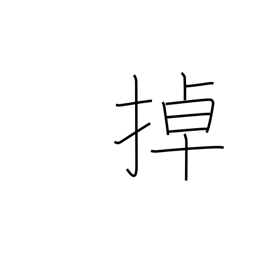
Meaning: shake & move